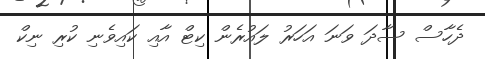
ދެހާސް ސާދަ ވަނަ އަހަރު ލައުރެން ކިޓް އާއި ކައިވެނި ކުރި ނިކް